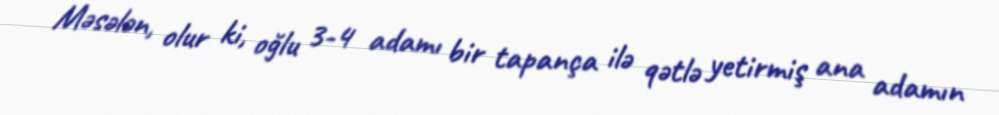
Məsələn, olur ki, oğlu 3-4 adamı bir tapança ilə qətlə yetirmiş ana adamın